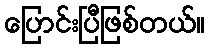
ပြောင်းပြီဖြစ်တယ်။